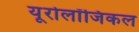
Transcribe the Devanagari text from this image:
यूरोलॉजिकल